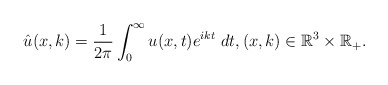
\begin{align*}\hat{u}(x, k)=\frac{1}{2\pi}\int_0^\infty u(x, t) e^{ik t}\ dt,(x, k)\in\mathbb{R}^3\times \mathbb{R}_+. \end{align*}